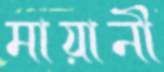
মায়ানী